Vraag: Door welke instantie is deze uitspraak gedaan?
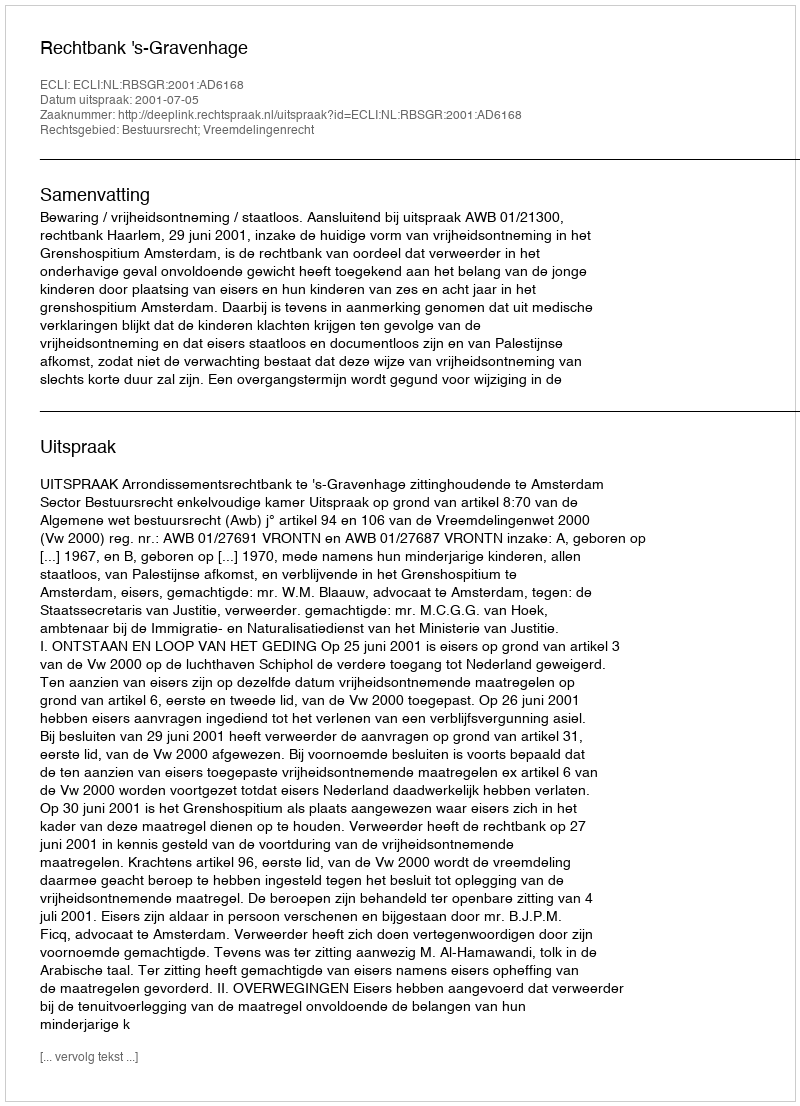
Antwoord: Rechtbank 's-Gravenhage